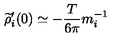
\widetilde { \rho } _ { i } ^ { \prime } ( 0 ) \simeq - { \frac { T } { 6 \pi } } m _ { i } ^ { - 1 }